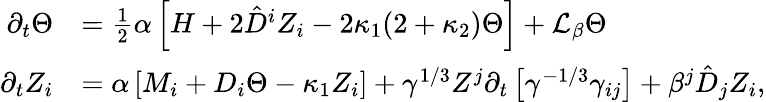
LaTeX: \begin{array}{rl}{\partial_{t}\Theta}&{=\frac{1}{2}\alpha\left[H+2\hat{D}^{i}Z_{i}-2\kappa_{1}(2+\kappa_{2})\Theta\right]+\mathcal{L}_{\beta}\Theta}\\ {\partial_{t}Z_{i}}&{=\alpha\left[M_{i}+D_{i}\Theta-\kappa_{1}Z_{i}\right]+\gamma^{1/3}Z^{j}\partial_{t}\left[\gamma^{-1/3}\gamma_{ij}\right]+\beta^{j}\hat{D}_{j}Z_{i},}\end{array}